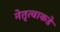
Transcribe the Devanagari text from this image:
नेतृत्वाकडे